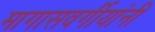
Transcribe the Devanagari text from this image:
मागासवर्गीयांनी